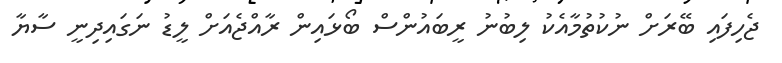
ޖެހިފައި ބޭރަށް ނުކުތުމާއެކު ލިބުނު ރީބައުންސް ބޯޅައިން ރާއްޖެއަށް ލީޑު ނަގައިދިނީ ސާޔާ